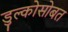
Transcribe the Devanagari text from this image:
डुल्कोसोबत